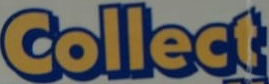
Collect